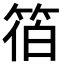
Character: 𮅓